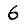
Digit: 6